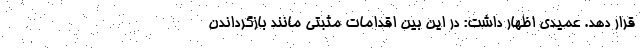
قرار دهد. عمیدی اظهار داشت: در این بین اقدامات مثبتی مانند بازگرداندن